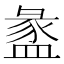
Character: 盠